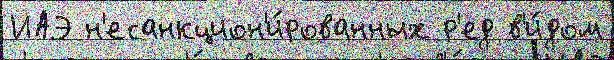
ИАЭ н'есанкцион'и́рованных р'ед в'и́дом